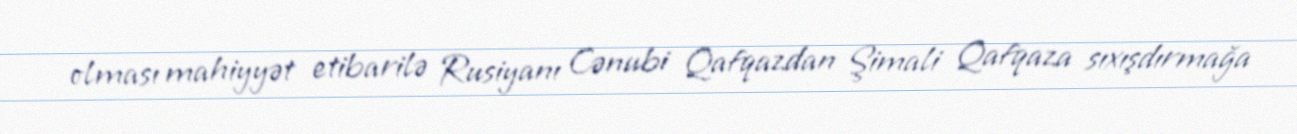
olması mahiyyət etibarilə Rusiyanı Cənubi Qafqazdan Şimali Qafqaza sıxışdırmağa